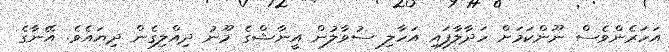
އަހަރެންވެސް ނޫންކަމަށް ހަދާލާފައި އަހާލި ސުވާލުން އީނާޝްގެ މޫނު ދިއްލިގެން ދިޔައެވެ. އޭނާގެ